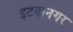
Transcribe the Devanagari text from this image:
इटवानगर